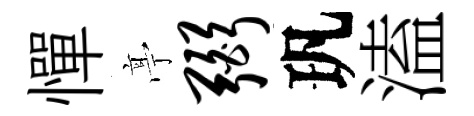
憚𠅘弼㺬溘